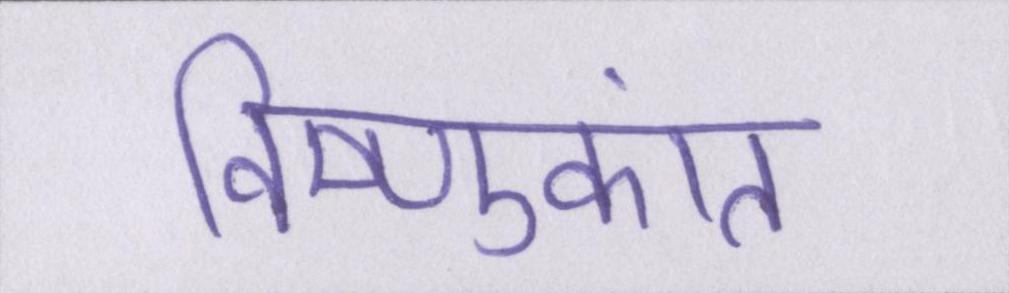
विष्णुकांत